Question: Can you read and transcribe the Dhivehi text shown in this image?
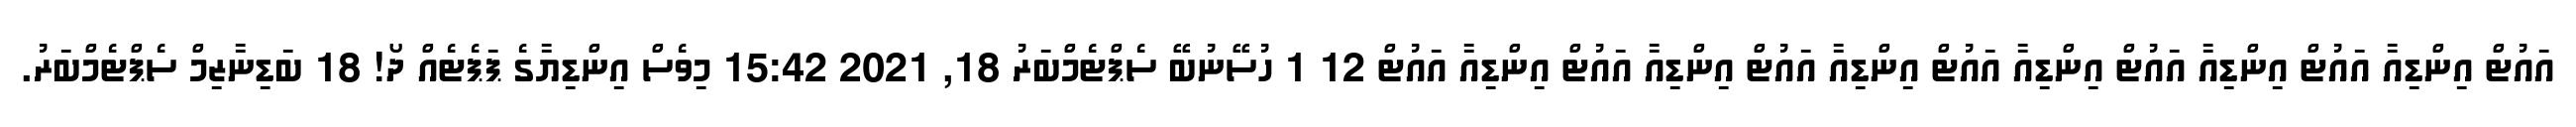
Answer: އައުޓް އިންޑިއާ އައުޓް އިންޑިއާ އައުޓް އިންޑިއާ އައުޓް އިންޑިއާ އައުޓް އިންޑިއާ އައުޓް އިންޑިއާ އައުޓް 12 1 ހުސޭނުބޭ ސެޕްޓެމްބަރު 18, 2021 15:42 މިވެސް އިންޑިޔާގެ ޕަޕެޓެއް ދޯ! 18 ބަޑިނާޒިމް ސެޕްޓެމްބަރު.